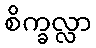
စိက္ခလ္လာ